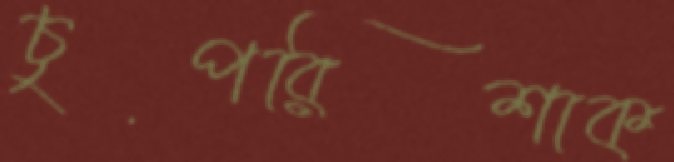
চুপরিশাক